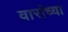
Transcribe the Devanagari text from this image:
वारांच्या